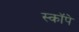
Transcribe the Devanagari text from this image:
स्कॉपे